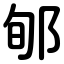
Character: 郇